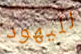
لليهود